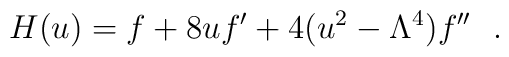
H(u)= f+8uf'+4(u^2-\Lambda^4)f''\ \ .